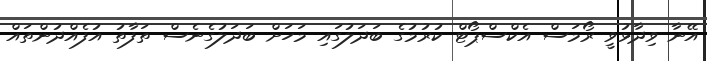
އޭނާ ވިދާޅުވީ ރޯމަސް އެކްސްޕޯޓް ކުރުމުގެ ބަދަލުގައި މަހަށް ބަދަލުގެނެސް ތަފާތު އުފެއްދުންތައް